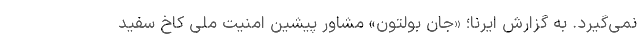
نمی‌گیرد. به گزارش ایرنا؛ «جان بولتون» مشاور پیشین امنیت ملی کاخ سفید